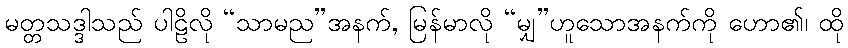
မတ္တသဒ္ဒါသည် ပါဠိလို “သာမည”အနက်, မြန်မာလို “မျှ”ဟူသောအနက်ကို ဟော၏၊ ထို